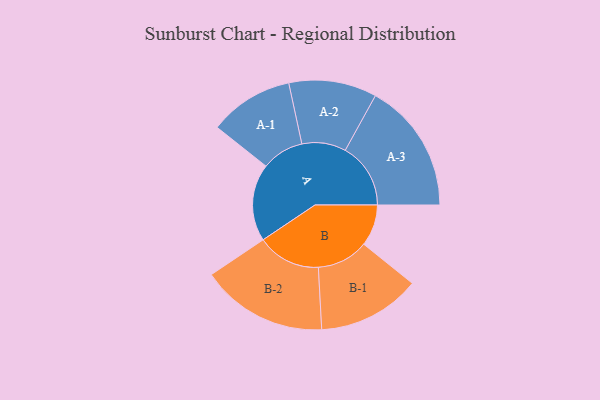
{"axis": {"x": "Segment", "y": "Value"}, "legend": ["", "A", "B"], "data": [{"x": "A", "y": 350, "type": ""}, {"x": "B", "y": 188, "type": ""}, {"x": "A-1", "y": 191, "type": "A"}, {"x": "A-2", "y": 199, "type": "A"}, {"x": "A-3", "y": 296, "type": "A"}, {"x": "B-1", "y": 233, "type": "B"}, {"x": "B-2", "y": 287, "type": "B"}]}